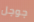
جوجل